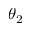
\theta _ { 2 }